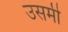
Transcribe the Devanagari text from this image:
उसमी